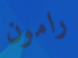
رامون